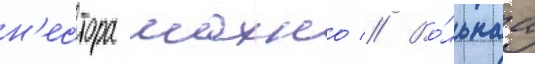
н'естора махно // Во́льнаа